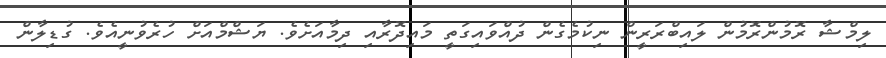
ލިމްޝާ ރޮމުންރޮމުން ލައިބްރަރީން ނިކުމެގެން ދުއްވައިގަތީ މައިދޮރާއި ދިމާއަށެވެ. ޔަޝްމްއަށް ހުރެވުނީއެވެ. ގުޑިލާން